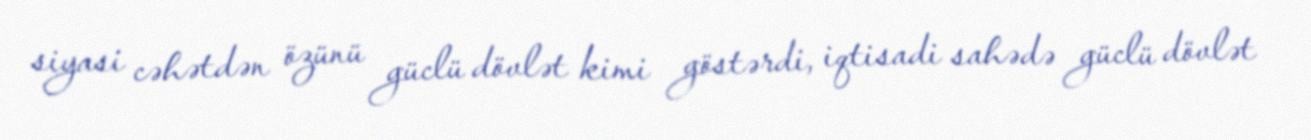
siyasi cəhətdən özünü güclü dövlət kimi göstərdi, iqtisadi sahədə güclü dövlət